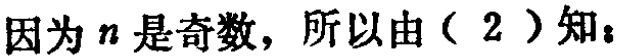
因为 \(n\) 是奇数，所以由（ \(2\) ）知：